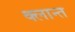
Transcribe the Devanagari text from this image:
क्लान्त